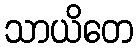
သာယိတေ